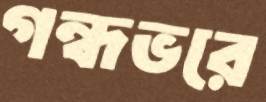
গন্ধভরে